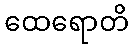
ထေရောတိ